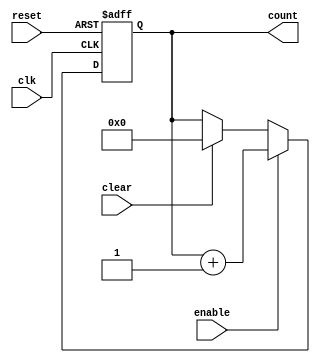
module binary_counter(
    input wire clk, //clock input
    input wire reset, //reset input
    input wire enable, //enable input
    input wire clear, //clear input
    output reg [3:0] count //4-bit binary counter output
);

always @(posedge clk or posedge reset) begin
    if (reset) begin
        count <= 4'b0000; //reset to 0 when reset signal is active
    end else if (enable) begin
        count <= count + 1; //increment by 1 when enable signal is active
    end else if (clear) begin
        count <= 4'b0000; //reset to 0 when clear signal is active
    end
end

endmodule